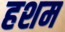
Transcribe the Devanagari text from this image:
हशम